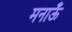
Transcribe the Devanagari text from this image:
मनाऊँ